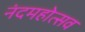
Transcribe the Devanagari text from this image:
नंदमहोत्सव